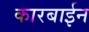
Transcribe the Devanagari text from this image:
कारबाईन